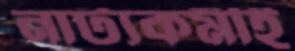
নাট্যকর্মীই